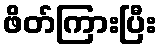
ဖိတ်ကြားပြီး